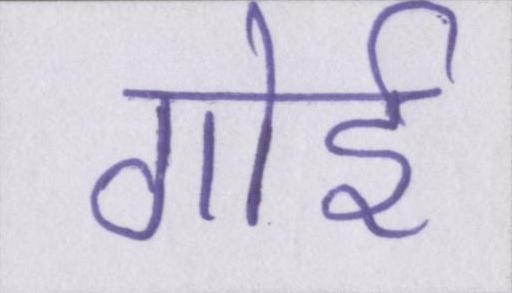
गोई